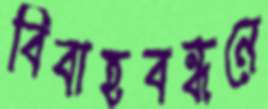
বিবাহবন্ধনে